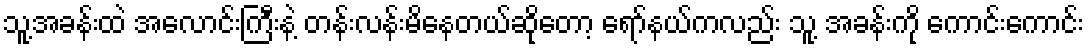
သူ့အခန်းထဲ အလောင်းကြီးနဲ့ တန်းလန်းမိနေတယ်ဆိုတော့ ရော်နယ်ကလည်း သူ့ အခန်းကို ကောင်းကောင်း